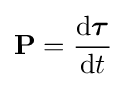
\mathbf {P} ={\frac {\mathrm {d} {\boldsymbol {\tau }}}{\mathrm {d} t}}